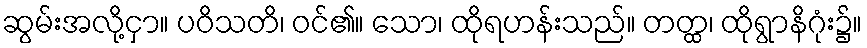
ဆွမ်းအလို့ငှာ။ ပဝိသတိ၊ ဝင်၏။ သော၊ ထိုရဟန်းသည်။ တတ္ထ၊ ထိုရွာနိဂုံး၌။